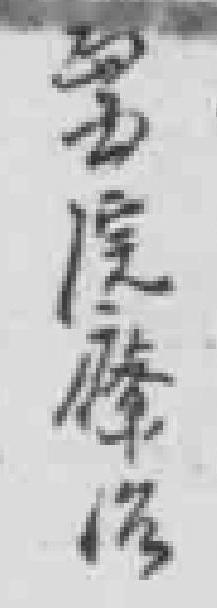
*院療治